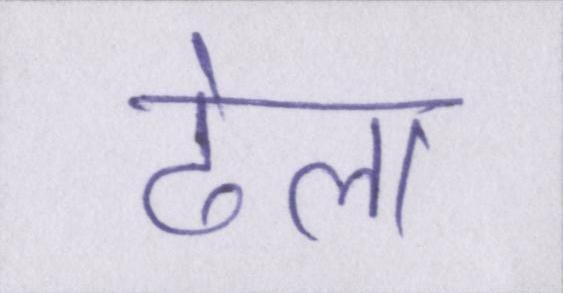
ढेला